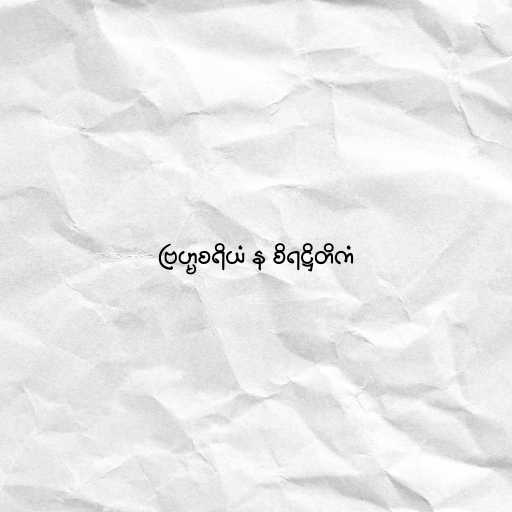
ဗြဟ္မစရိယံ န စိရဋ္ဌိတိကံ